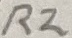
Text: R2